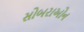
સોબરાઓન